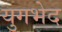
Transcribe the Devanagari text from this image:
युगभेद